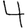
Digit: 4